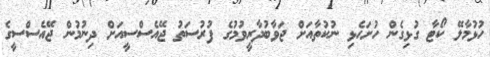
ހުޅުމާލޭ ކޯޓާ ގުޅިގެން ހުށަހެޅި ނުކުތާއަށް ޖަވާބުދާރީވުމުގެ ފުރުސަތު ޖޭއެސްސީއަށް ދިނުމުން ޖޭއެސްސީގެ